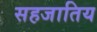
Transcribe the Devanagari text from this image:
सहजातिय